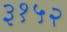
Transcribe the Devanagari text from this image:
३१५२